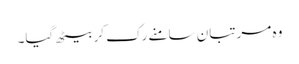
وہ مرتبان سامنے رک کر بیٹھ گیا۔